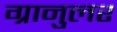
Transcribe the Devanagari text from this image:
ग्रानुलर